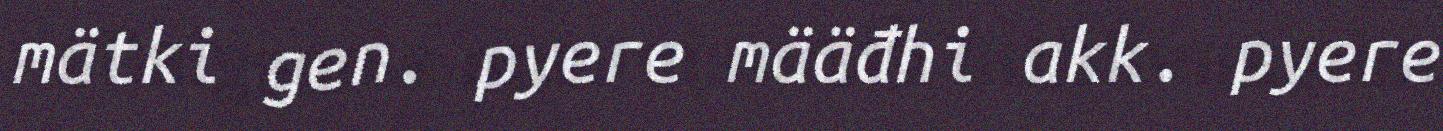
mätki gen. pyere määđhi akk. pyere